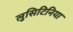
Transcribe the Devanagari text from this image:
लुसिटिनिया